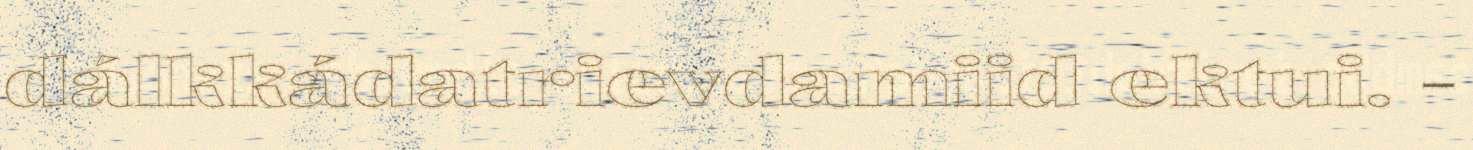
dálkkádatrievdamiid ektui. -